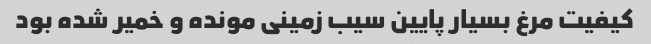
کیفیت مرغ بسیار پایین سیب زمینی مونده و خمیر شده بود